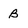
Character: B